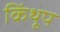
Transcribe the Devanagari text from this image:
किंथूप